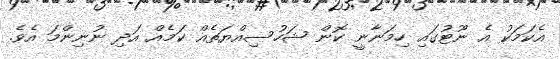
އެކަމަކު އެ ނޫޓުގައި ހިމަނާނީ ކޮން ޝަހުސިއްޔަތެއް ކަމެއް އަދިި ނުނިންމަ އެވެ.